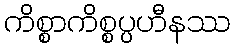
ကိစ္စာကိစ္စပ္ပဟီနဿ